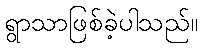
ရွာသာဖြစ်ခဲ့ပါသည်။